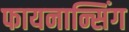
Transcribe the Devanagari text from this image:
फायनान्सिंग